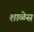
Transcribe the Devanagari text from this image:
शाळेस